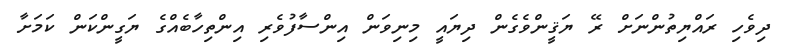
ދިވެހި ރައްޔިތުންނަށް ރޭ ޔަޤީންވެގެން ދިޔައީ މިނިވަން އިންސާފުވެރި އިންތިހާބެއްގެ ޔަގީންކަން ކަމަށާ